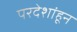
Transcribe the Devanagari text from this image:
परदेशांहून